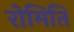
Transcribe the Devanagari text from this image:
रोमिति